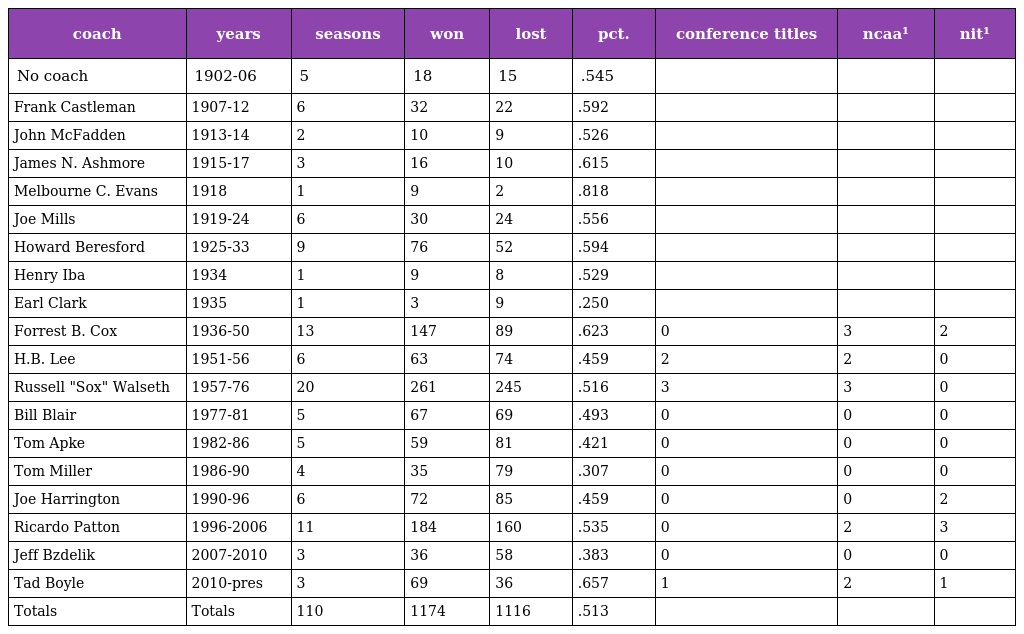
| coach | years | seasons | won | lost | pct. | conference titles | ncaa¹ | nit¹ |
 | --- | --- | --- | --- | --- | --- | --- | --- | --- |
 | No coach | 1902-06 | 5 | 18 | 15 | .545 |  |  |  |
 | Frank Castleman | 1907-12 | 6 | 32 | 22 | .592 |  |  |  |
 | John McFadden | 1913-14 | 2 | 10 | 9 | .526 |  |  |  |
 | James N. Ashmore | 1915-17 | 3 | 16 | 10 | .615 |  |  |  |
 | Melbourne C. Evans | 1918 | 1 | 9 | 2 | .818 |  |  |  |
 | Joe Mills | 1919-24 | 6 | 30 | 24 | .556 |  |  |  |
 | Howard Beresford | 1925-33 | 9 | 76 | 52 | .594 |  |  |  |
 | Henry Iba | 1934 | 1 | 9 | 8 | .529 |  |  |  |
 | Earl Clark | 1935 | 1 | 3 | 9 | .250 |  |  |  |
 | Forrest B. Cox | 1936-50 | 13 | 147 | 89 | .623 | 0 | 3 | 2 |
 | H.B. Lee | 1951-56 | 6 | 63 | 74 | .459 | 2 | 2 | 0 |
 | Russell "Sox" Walseth | 1957-76 | 20 | 261 | 245 | .516 | 3 | 3 | 0 |
 | Bill Blair | 1977-81 | 5 | 67 | 69 | .493 | 0 | 0 | 0 |
 | Tom Apke | 1982-86 | 5 | 59 | 81 | .421 | 0 | 0 | 0 |
 | Tom Miller | 1986-90 | 4 | 35 | 79 | .307 | 0 | 0 | 0 |
 | Joe Harrington | 1990-96 | 6 | 72 | 85 | .459 | 0 | 0 | 2 |
 | Ricardo Patton | 1996-2006 | 11 | 184 | 160 | .535 | 0 | 2 | 3 |
 | Jeff Bzdelik | 2007-2010 | 3 | 36 | 58 | .383 | 0 | 0 | 0 |
 | Tad Boyle | 2010-pres | 3 | 69 | 36 | .657 | 1 | 2 | 1 |
 | Totals | Totals | 110 | 1174 | 1116 | .513 |  |  |  |